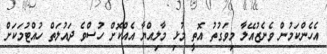
އެހެންކަމުން ވެނެޒުއޭލާ މިވަގުތު އޮތީ މުޅި މާލިއްޔާ އެއްކޮށް ހުސްވެ ދައުލަތް ހުއްޓުމަކަށް